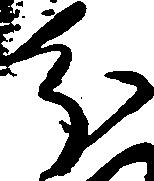
分